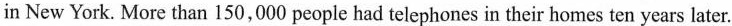
in New York. More than 150,000 people had telephones in their homes ten years later.